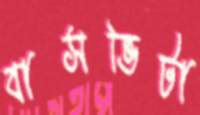
বাসভিটা